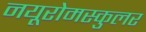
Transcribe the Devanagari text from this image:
नयूरोमस्कुलर